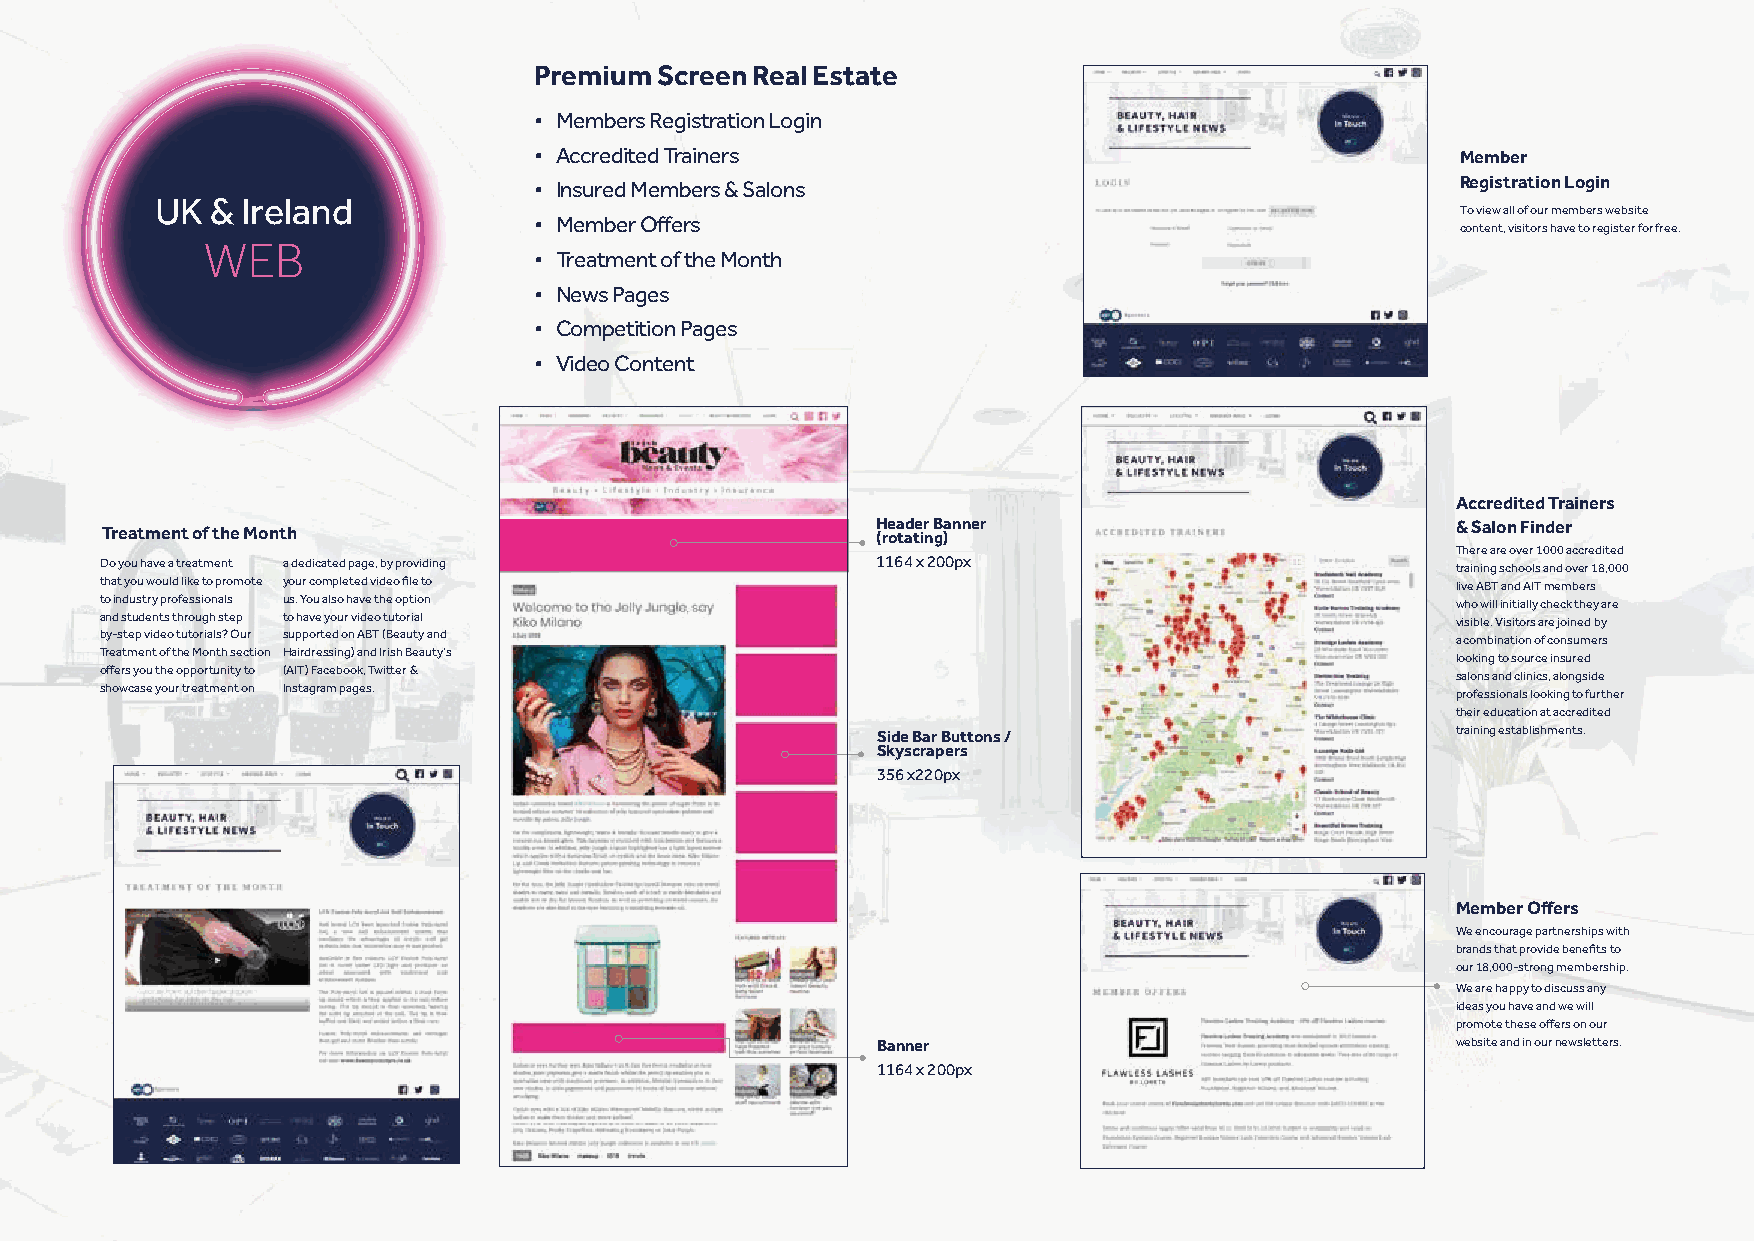
Premium  Screen Real Estate
 • Members Registration Login
 • Accredited Trainers                                         Member
 • Insured Members & Salons                                    Registration Login
 UK  & Ireland
 To view all of our members website
 • Member Offers
 content, visitors have to register for free.
 WEB
 • Treatment of the Month
 • News Pages
 • Competition Pages
 • Video Content
 Accredited Trainers
 Treatment of the Month                             H (roea tad te ir n B g)anner         & Salon Finder
 There are over 1000 accredited
 Do you have a treatment a dedicated page, by providing 1164 x 200px                      training schools and over 18,000
 that you would like to promote your completed video file to                              live ABT and AIT members
 to industry professionals us. You also have the option                                   who will initially check they are
 and students through step to have your video tutorial                                    visible. Visitors are joined by
 by-step video tutorials? Our supported on ABT (Beauty and                                a combination of consumers
 Treatment of the Month section Hairdressing) and Irish Beauty’s                          looking to source insured
 offers you the opportunity to (AIT) Facebook, Twitter &                                  salons and clinics, alongside
 showcase your treatment on Instagram pages.                                              professionals looking to further
 their education at accredited
 Side Bar Buttons /                    training establishments.
 Skyscrapers
 356 x220px
 Member Offers
 We encourage partnerships with
 brands that provide benefits to
 our 18,000-strong membership.
 We are happy to discuss any
 ideas you have and we will
 promote these offers on our
 Banner                                website and in our newsletters.
 1164 x 200px